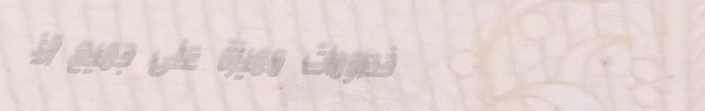
خصومات مميزة على جميع الأ